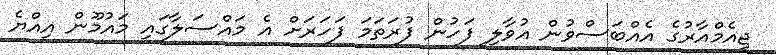
ޖީއެމްއާރުގެ އެއްބަސްވުން އުވާލި ފަހުން ފުރަތަމަ ފަހަރަށް އެ މައްސަލާގައި މައުމޫން އިއްޔެ